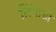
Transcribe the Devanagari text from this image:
लिंगाशी